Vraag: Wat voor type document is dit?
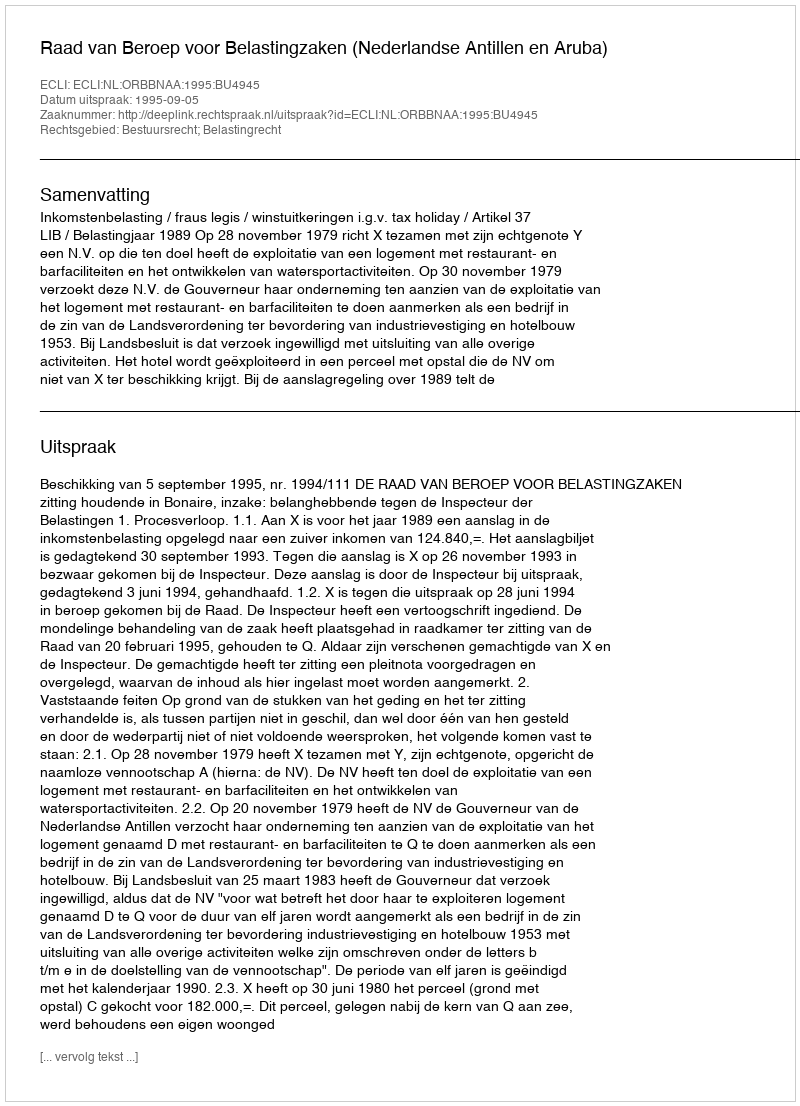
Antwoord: Uitspraak